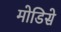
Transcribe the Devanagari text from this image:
मोडिसे